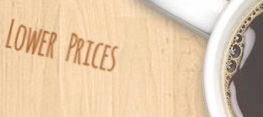
Lower Prices